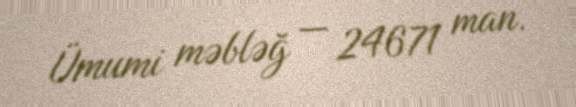
Ümumi məbləğ — 24671 man.